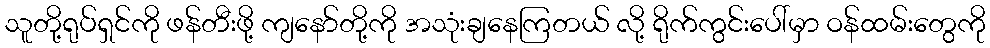
သူတို့ရုပ်ရှင်ကို ဖန်တီးဖို့ ကျနော်တို့ကို အသုံးချနေကြတယ် လို့ ရိုက်ကွင်းပေါ်မှာ ဝန်ထမ်းတွေကို